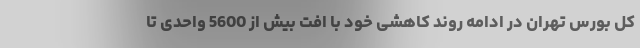
کل بورس تهران در ادامه روند کاهشی خود با افت بیش از 5600 واحدی تا